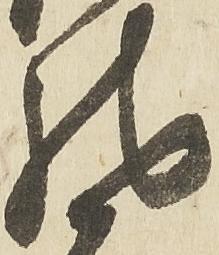
馳